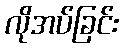
လိုအပ်ခြင်း